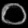
Digit: ၀